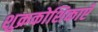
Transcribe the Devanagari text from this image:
शुक्रकोशिकाएँ